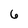
Character: 6